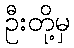
ဦးတို့မှ